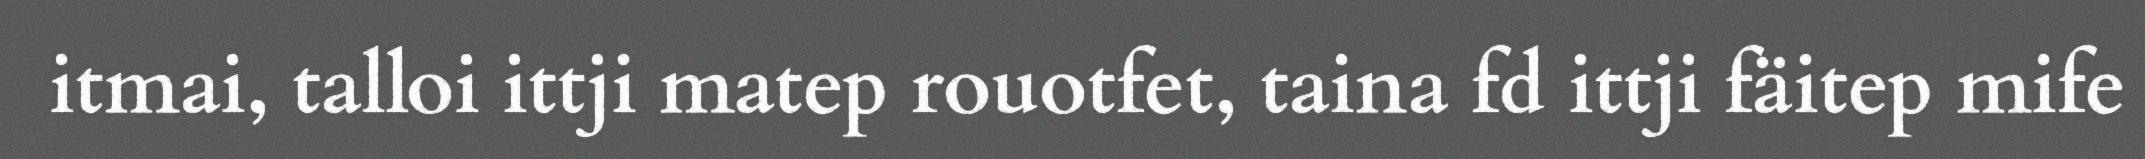
itmai, talloi ittji matep rouotfet, taina fd ittji fäitep mife